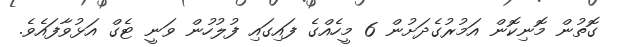
ގޮތުން މޮނިކޮން އަމުރުގެދަށުން 6 މީހެއްގެ ފައިގައި ފުލުހުން ވަނީ ޓެގް އަޅުވާފައެވެ.